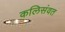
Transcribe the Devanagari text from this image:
कलिसंवत